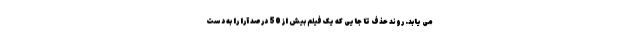
می یابد. روند حذف تا جایی که یک فیلم بیش از 50 درصد آرا را به دست